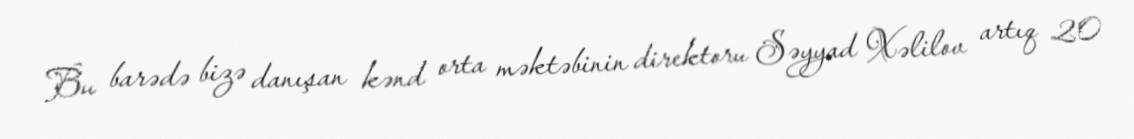
Bu barədə bizə danışan kənd orta məktəbinin direktoru Səyyad Xəlilov artıq 20